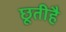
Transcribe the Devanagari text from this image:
छूतीहै